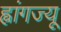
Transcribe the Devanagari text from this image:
ह्वांगज्यू